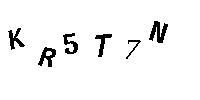
KR5T7N